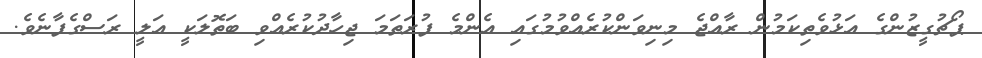
ޕޯޗުގީޒުންގެ އަޅުވެތިކަމުން ރާއްޖެ މިނިވަންކުރެއްވުމުގައި އެންމެ ފުރަތަމަ ޖިހާދުކުރެއްވި ބަތޮލަކީ އަލީ ރަސްގެފާނެވެ.